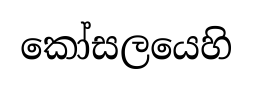
කෝසලයෙහි